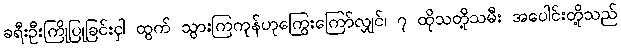
ခရီးဦးကြိုပြုခြင်းငှါ ထွက် သွားကြကုန်ဟုကြွေးကြော်လျှင်၊ ၇ ထိုသတို့သမီး အပေါင်းတို့သည်